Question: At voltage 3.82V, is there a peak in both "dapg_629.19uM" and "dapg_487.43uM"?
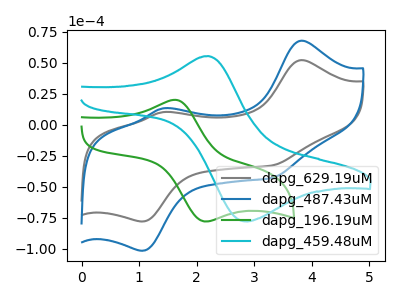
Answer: <think>The gray curve "dapg_629.19uM" has anodic peaks at (3.80V, 51.95uA) (1.40V, 10.00uA) and cathodic peaks at (1.05V, -78.20uA) (3.30V, -33.00uA). The blue curve "dapg_487.43uM" has anodic peaks at (3.80V, 67.60uA) (1.40V, 13.00uA) and cathodic peaks at (1.05V, -101.80uA) (3.30V, -42.95uA). The green curve "dapg_196.19uM" has an anodic peak at (1.60V, 19.90uA) and a cathodic peak at (2.15V, -78.25uA). The cyan curve "dapg_459.48uM" has an anodic peak at (2.20V, 55.25uA) and a cathodic peak at (2.85V, -78.10uA).</think>
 <answer>Yes, "dapg_629.19uM" and "dapg_487.43uM" share a peak at 3.82V.</answer>
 <eval>match</eval>